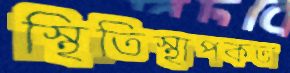
স্থিতিস্থাপকতা